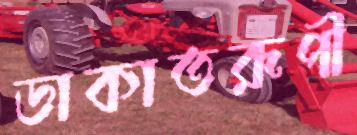
ডাকাতরূপী